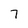
Character: 7